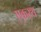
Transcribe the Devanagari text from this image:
एकस्थ